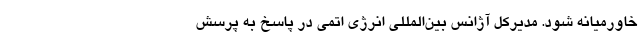
خاورمیانه شود. مدیرکل آژانس بین‌المللی انرژی اتمی در پاسخ به پرسش